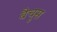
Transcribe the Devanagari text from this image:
बैचुस